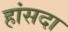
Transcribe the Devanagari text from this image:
हांसदा